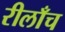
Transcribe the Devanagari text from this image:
रीलाँच